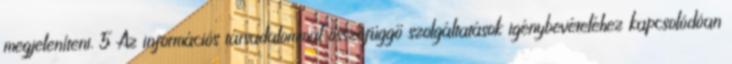
megjeleníteni. 5 Az információs társadalommal összefüggő szolgáltatások igénybevételéhez kapcsolódóan